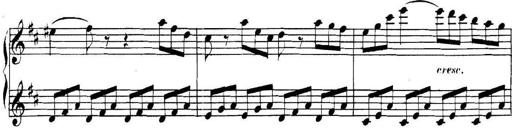
Title: Collected Piano Sonatas
Composer: Muzio Clementi